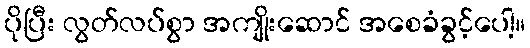
ပိုပြီး လွတ်လပ်စွာ အကျိုးဆောင် အစေခံခွင့်ပေါ့။